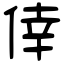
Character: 倖